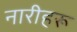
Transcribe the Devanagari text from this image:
नारीहरू